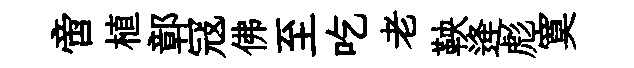
啻植鄣冦佛至吃老鞅逄彪寞